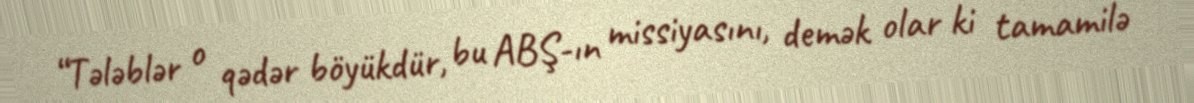
“Tələblər o qədər böyükdür, bu ABŞ-ın missiyasını, demək olar ki tamamilə